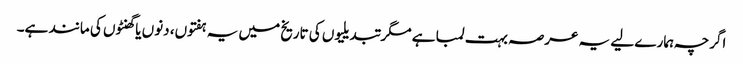
اگرچہ ہمارے لیے یہ عرصہ بہت لمبا ہے مگر تبدیلیوں کی تاریخ میں یہ ہفتوں، دنوں یا گھنٹوں کی مانند ہے۔